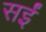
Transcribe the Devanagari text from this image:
सईं